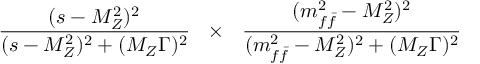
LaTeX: \frac { ( s - M _ { Z } ^ { 2 } ) ^ { 2 } } { ( s - M _ { Z } ^ { 2 } ) ^ { 2 } + ( M _ { Z } \Gamma ) ^ { 2 } } ~ ~ \times ~ ~ \frac { ( m _ { f \bar { f } } ^ { 2 } - M _ { Z } ^ { 2 } ) ^ { 2 } } { ( m _ { f \bar { f } } ^ { 2 } - M _ { Z } ^ { 2 } ) ^ { 2 } + ( M _ { Z } \Gamma ) ^ { 2 } }